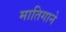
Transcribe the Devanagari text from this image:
मातिगाने